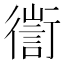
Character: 𢖅